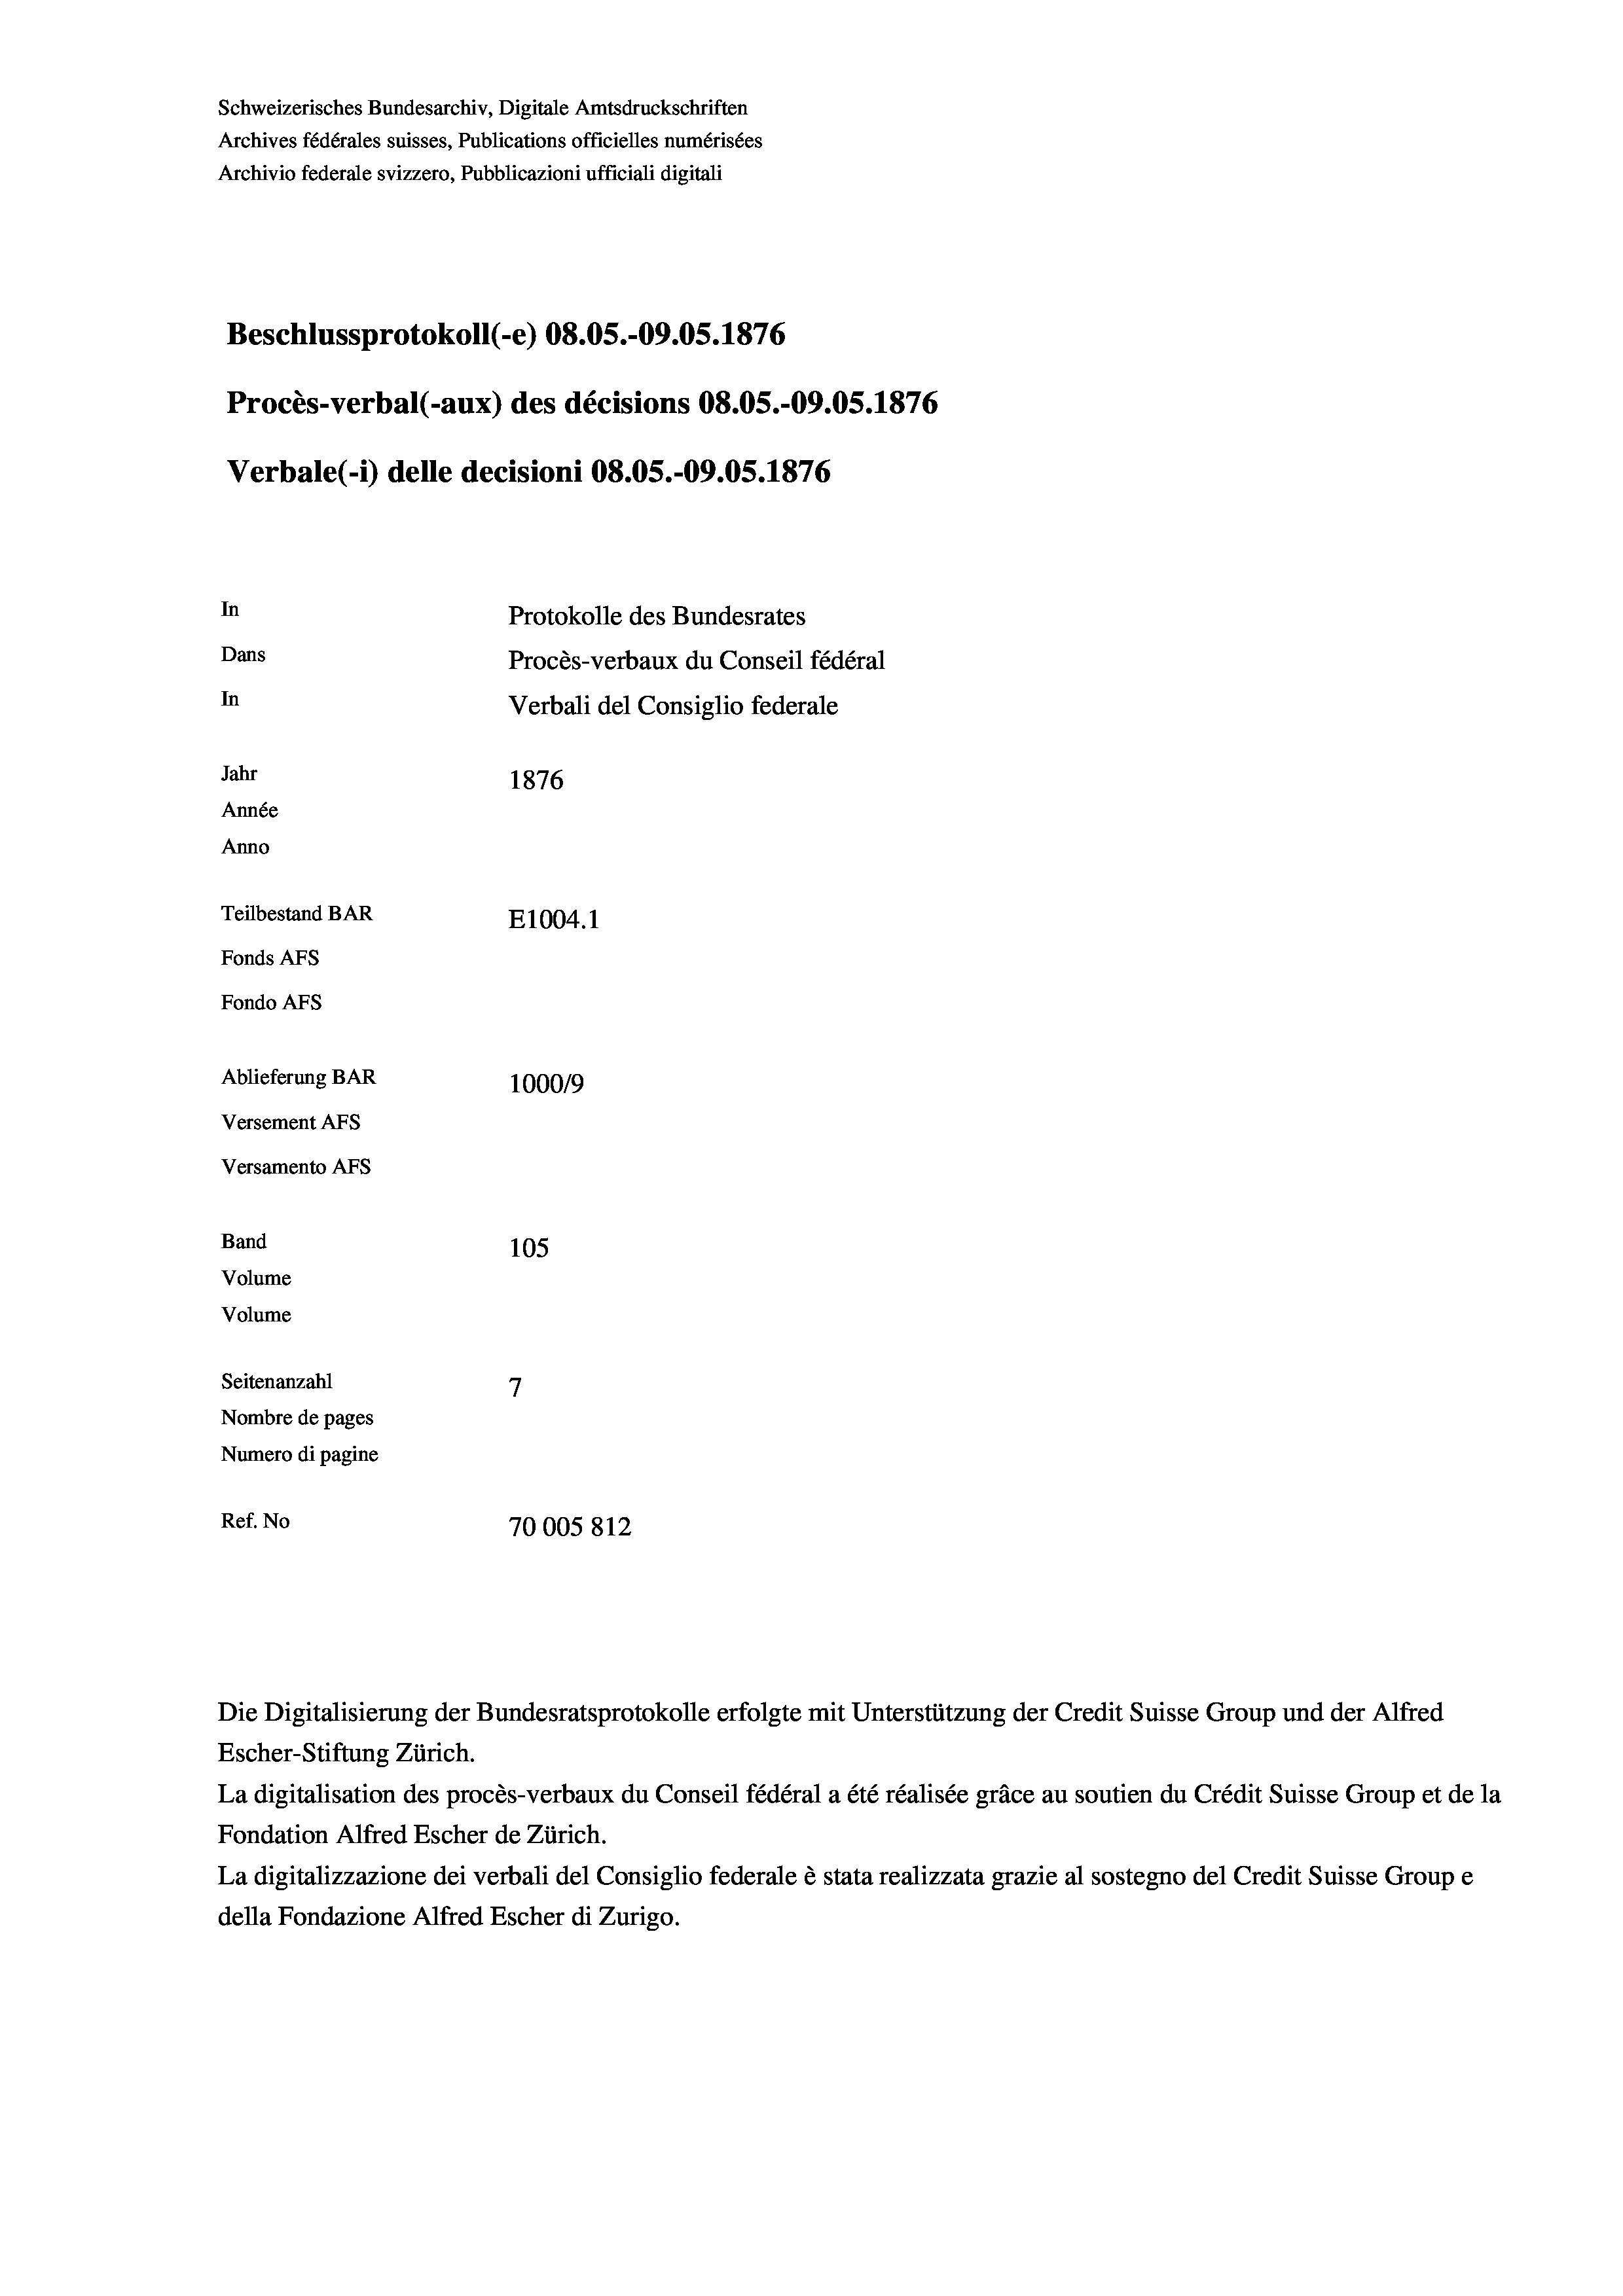
Schweizerisches Bundesarchiv, Digitale Amtsdruckschriften
Archives fédérales suisses, Publications officielles numérisées
Archivio federale svizzero, Pubblicazioni ufficiali digitali
Beschlussprotokoll (e) 08.05.-09.05. 1876
Procès-verbal (-aux) des décisions 08.05.-09.05. 1876
Verbale(-*) delle decisioni 08.05.-09.05. 1876
In
Protokolle des Bundesrates
Dans
Procès-verbaux du Conseil fédéral
In
Verbali del Consiglio federale
Jahr
1876
Année
Anno
Teilbestand BAR
E1004. 1
Fonds AFs
Fondo Afs
Ablieferung BAR
100019
Versement AFs
Versamento AFs
Band
105
Volume
Volume
Seitenanzahl
Nombre de pages
Numero di pagine
Ref. No
70005812

Escher-Stiftung Zürich.
La digitalisation des procès-verbaux du Conseil fédéral a été réalisée gräce au soutien du Crédit Suisse Group et de la
Fondation Alfred Escher de Zürich.
La digitalizzazione dei verbali del Consiglio federale è stata realizzata grazie al sostegno del Credit Suisse Groupe
della Fondazione Alfred Escher di Zurigo.

Die Digitalisierung der Bundesratsprotokolle erfolgte mit Unterstützung der Credit Suisse Group und der Alfred